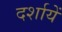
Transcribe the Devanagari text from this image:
दर्शायें